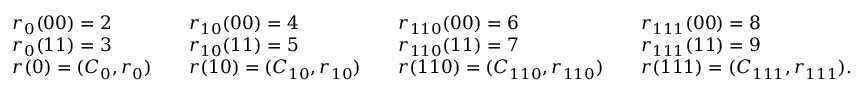
\begin{array} { r l r l r l r l } & { r _ { 0 } ( 0 0 ) = 2 } & & { r _ { 1 0 } ( 0 0 ) = 4 } & & { r _ { 1 1 0 } ( 0 0 ) = 6 } & & { r _ { 1 1 1 } ( 0 0 ) = 8 } \\ & { r _ { 0 } ( 1 1 ) = 3 } & & { r _ { 1 0 } ( 1 1 ) = 5 } & & { r _ { 1 1 0 } ( 1 1 ) = 7 } & & { r _ { 1 1 1 } ( 1 1 ) = 9 } \\ & { r ( 0 ) = ( C _ { 0 } , r _ { 0 } ) } & & { r ( 1 0 ) = ( C _ { 1 0 } , r _ { 1 0 } ) } & & { r ( 1 1 0 ) = ( C _ { 1 1 0 } , r _ { 1 1 0 } ) } & & { r ( 1 1 1 ) = ( C _ { 1 1 1 } , r _ { 1 1 1 } ) . } \end{array}